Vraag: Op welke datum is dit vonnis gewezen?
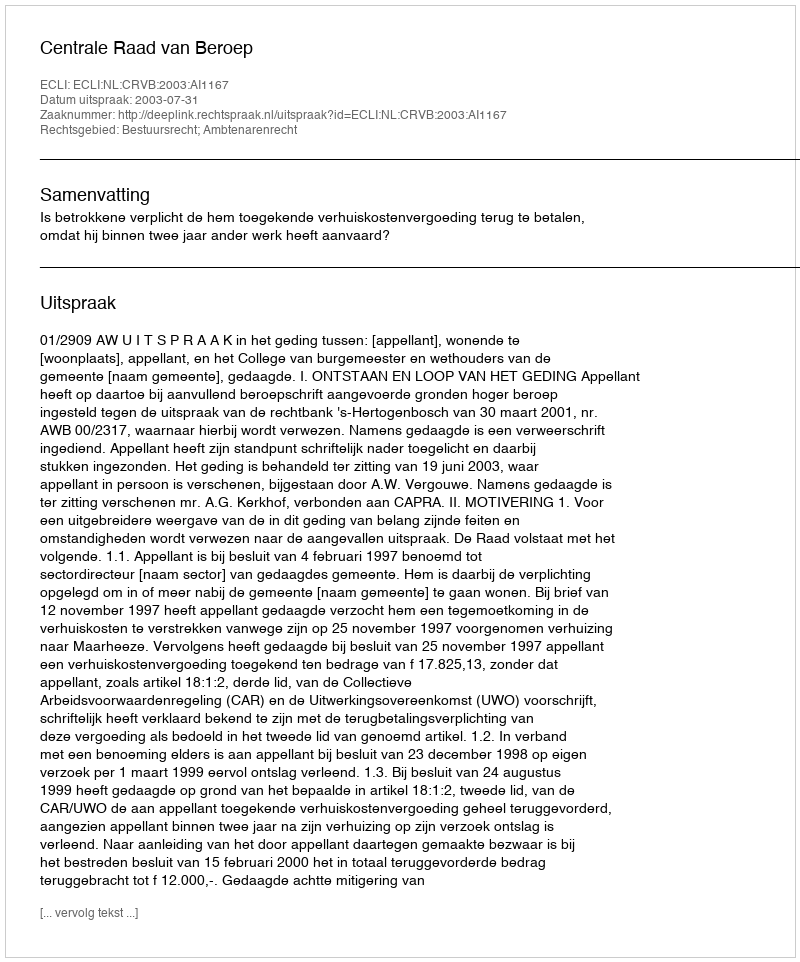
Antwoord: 2003-07-31